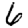
Digit: 6